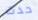
حدث